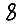
Digit: 8